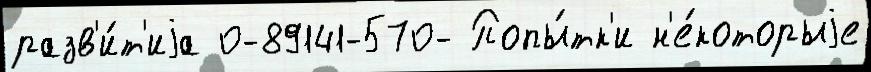
разв'и́т'иjа 0-89141-570- Попы́тк'и н'е́которыjе